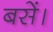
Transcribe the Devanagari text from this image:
बसें।